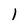
Character: 1